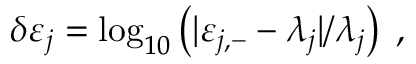
\begin{array} { r } { \delta \varepsilon _ { j } = \log _ { 1 0 } \left( | \varepsilon _ { j , - } - \lambda _ { j } | / \lambda _ { j } \right) \; , } \end{array}